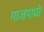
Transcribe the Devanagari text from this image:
गाजपाचो